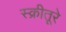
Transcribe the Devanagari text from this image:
स्क्रीतूरे